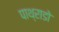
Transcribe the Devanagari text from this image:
पाथ्राडो